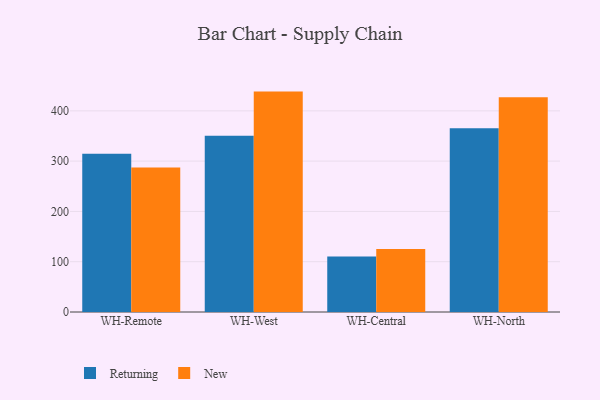
{"axis": {"x": "Warehouse", "y": "Humidity (%)"}, "legend": ["New", "Returning"], "data": [{"x": "WH-Remote", "y": 314.6, "type": "Returning"}, {"x": "WH-Remote", "y": 287.4, "type": "New"}, {"x": "WH-West", "y": 350.5, "type": "Returning"}, {"x": "WH-West", "y": 438.3, "type": "New"}, {"x": "WH-Central", "y": 110.4, "type": "Returning"}, {"x": "WH-Central", "y": 125.3, "type": "New"}, {"x": "WH-North", "y": 365.2, "type": "Returning"}, {"x": "WH-North", "y": 427.3, "type": "New"}]}